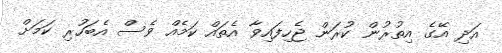
އަދި އޭގެ އިތުރުން ކުރަން ޖެހިފައިވާ އެތައް ކަމެއް ވެސް އެބަހުރި ކަމަށް